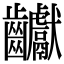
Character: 𪚋